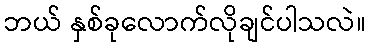
ဘယ် နှစ်ခုလောက်လိုချင်ပါသလဲ။